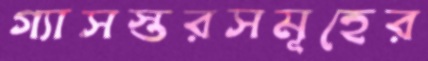
গ্যাসস্তরসমূহের